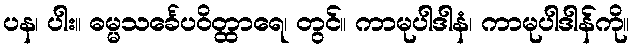
ပန၊ ပါး။ ဓမ္မသင်္ခေပဝိတ္ထာရေ၊ တွင်။ ကာမုပါဒါနံ၊ ကာမုပါဒါန်ကို။